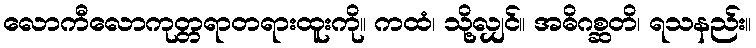
လောကီလောကုတ္တရာတရားထူးကို။ ကထံ၊ သို့လျှင်။ အဓိဂစ္ဆတိ၊ ရသနည်း။